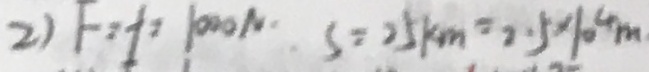
2 ) F = f = 1 0 0 0 N S = 2 5 k m = 2 . 5 \times 1 0 ^ { 4 } m